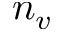
n _ { v }